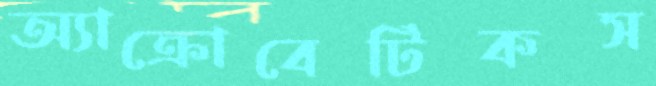
অ্যাক্রোবেটিকস